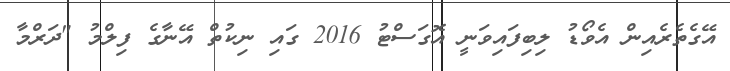
އޭގެތެރެއިން އެވޯޑު ލިބިފައިވަނީ އޮގަސްޓު 2016 ގައި ނިކުތް އޭނާގެ ފިލްމު "ދަރްމާ